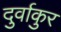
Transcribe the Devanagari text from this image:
दुर्वाकुर